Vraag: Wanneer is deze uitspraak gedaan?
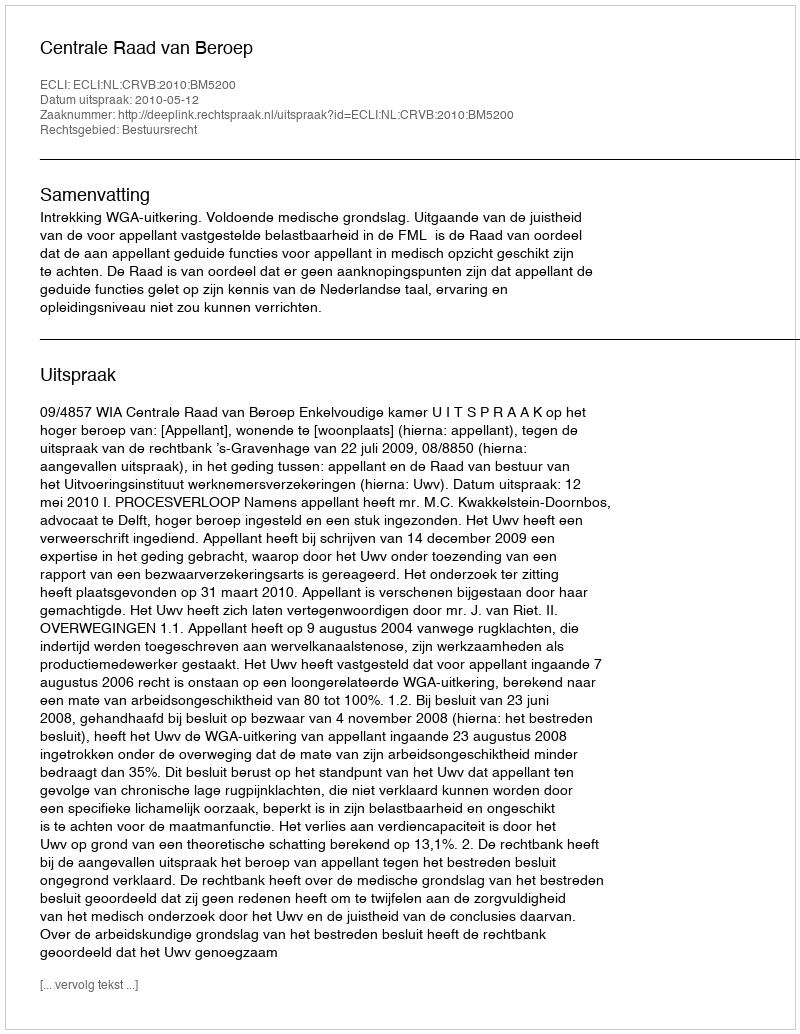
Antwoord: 2010-05-12